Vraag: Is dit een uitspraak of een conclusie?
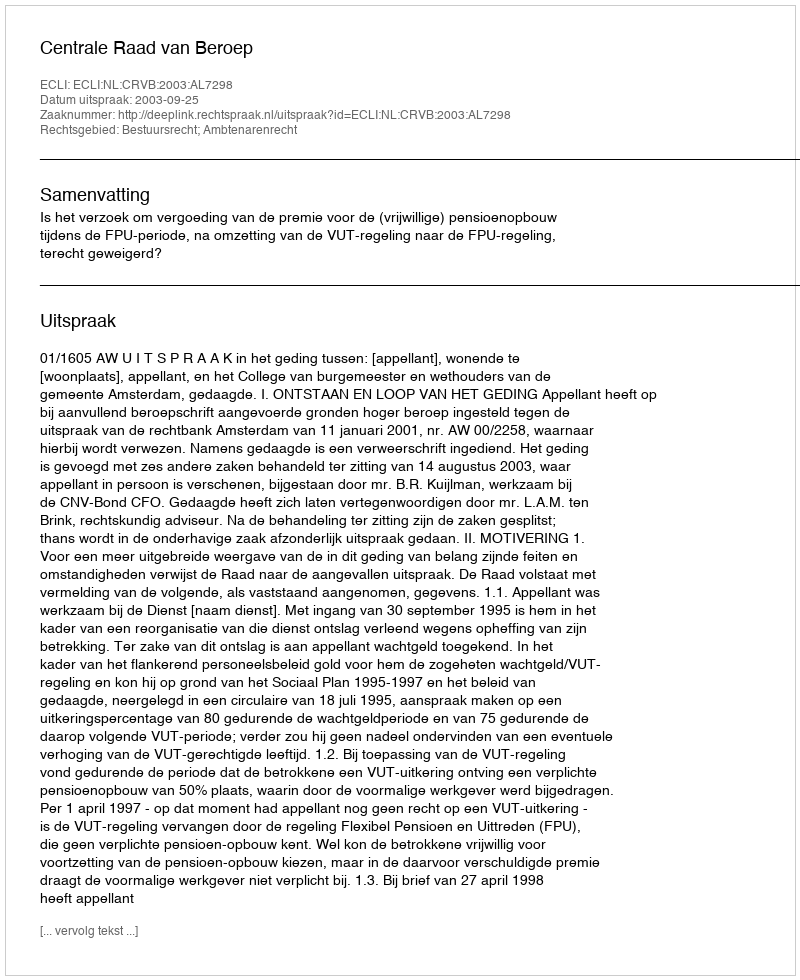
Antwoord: Uitspraak